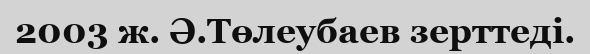
2003 ж. Ә.Төлеубаев зерттеді.